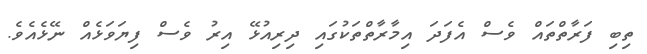
ތިބި ފަރާތްތައް ވެސް އެފަދަ އިމާރާތްތަކުގައި ދިރިއުޅޭ އިރު ވެސް ފިޔަވަޅެއް ނޭޅެއެވެ.